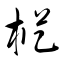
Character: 樅